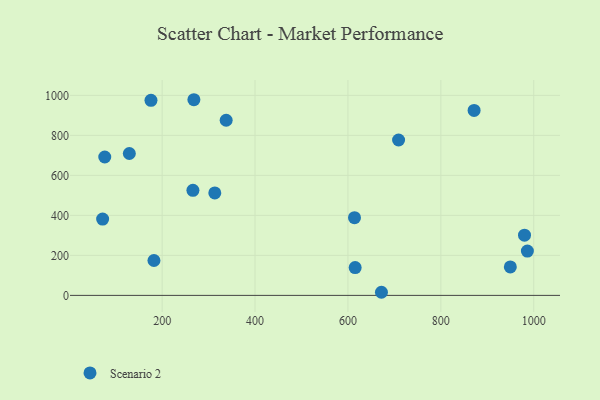
{"axis": {"x": "Ad Spend", "y": "Sales"}, "legend": ["Scenario 2"], "data": [{"x": "615.5", "y": 139.2, "type": "Scenario 2"}, {"x": "182.3", "y": 174.4, "type": "Scenario 2"}, {"x": "949.6", "y": 142.1, "type": "Scenario 2"}, {"x": "76.4", "y": 691.9, "type": "Scenario 2"}, {"x": "266.2", "y": 525.2, "type": "Scenario 2"}, {"x": "337.8", "y": 875.7, "type": "Scenario 2"}, {"x": "268.3", "y": 978.2, "type": "Scenario 2"}, {"x": "71.8", "y": 381.5, "type": "Scenario 2"}, {"x": "986.3", "y": 221.6, "type": "Scenario 2"}, {"x": "129.3", "y": 709.4, "type": "Scenario 2"}, {"x": "980.1", "y": 301.2, "type": "Scenario 2"}, {"x": "709.0", "y": 776.9, "type": "Scenario 2"}, {"x": "871.6", "y": 924.5, "type": "Scenario 2"}, {"x": "614.1", "y": 388.3, "type": "Scenario 2"}, {"x": "175.9", "y": 975.0, "type": "Scenario 2"}, {"x": "672.1", "y": 15.5, "type": "Scenario 2"}, {"x": "313.3", "y": 512.4, "type": "Scenario 2"}]}